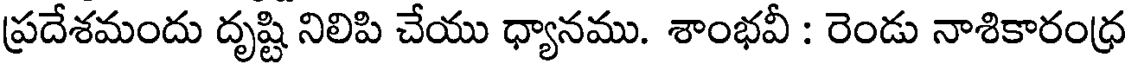
ప్రదేశమందు దృష్టి నిలిపి చేయు ధ్యానము. శాంభవీ : రెండు నాశికారంధ్ర